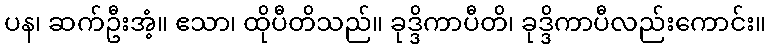
ပန၊ ဆက်ဦးအံ့။ ဧသာ၊ ထိုပီတိသည်။ ခုဒ္ဒိကာပီတိ၊ ခုဒ္ဒိကာပီလည်းကောင်း။